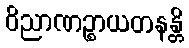
ဝိညာဏဉ္စာယတနန္တိ